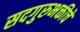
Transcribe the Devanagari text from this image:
सदगुरुभक्तीचे